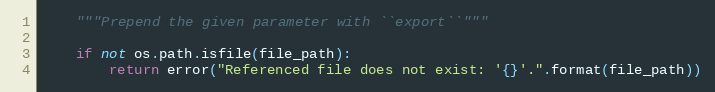
Language: Python
    """Prepend the given parameter with ``export``"""

    if not os.path.isfile(file_path):
        return error("Referenced file does not exist: '{}'.".format(file_path))